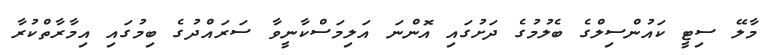
މާލޭ ސިޓީ ކައުންސިލްގެ ބެލުމުގެ ދަށުގައި އޮންނަ އަލިމަސްކާނީވާ ސަރައްދުގެ ބިމުގައި އިމާރާތްކުރާ